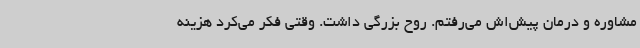
مشاوره و درمان پیش‌اش می‌رفتم. روح بزرگی داشت. وقتی فکر می‌کرد هزینه